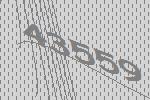
43559